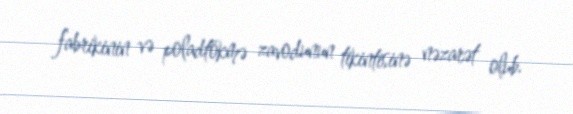
fabrikinin və poladtökmə zavodunun tikintisinə nəzarət olub.